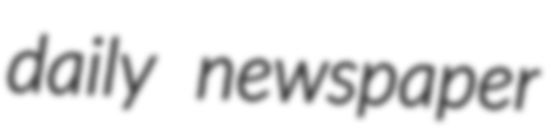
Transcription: daily newspaper